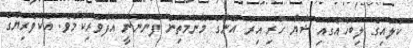
ކުލައިގެ ލިބާހެއްގައި ޝާޔާ ހުރި އިރު އޭނާގެ މޫނުމަތިން ފެންނަނީ އުފާވެރިކަމެވެ. އެކުވެރިޔާގެ